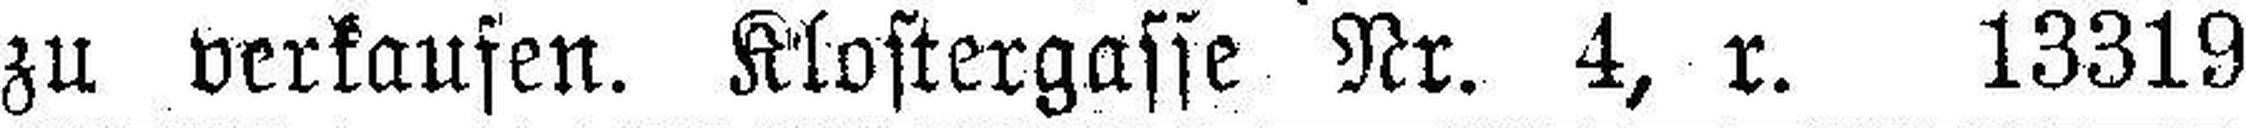
zu verkaufen. Klostergasse Nr. 4, r. 13319